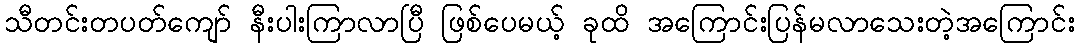
သီတင်းတပတ်ကျော် နီးပါးကြာလာပြီ ဖြစ်ပေမယ့် ခုထိ အကြောင်းပြန်မလာသေးတဲ့အကြောင်း